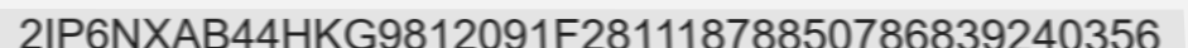
2IP6NXAB44HKG9812091F28111878850786839240356